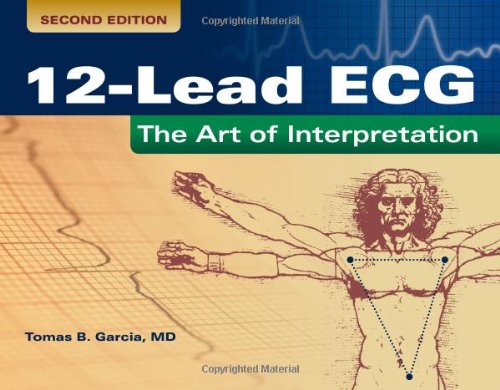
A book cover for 12-Lead ECG: The Art Of Interpretation (Garcia, Introduction to 12-Lead ECG); Tomas B. Garcia; Medical Books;